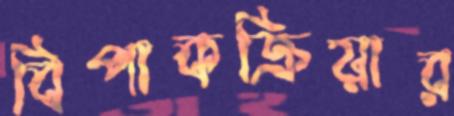
বিপাকক্রিয়ার